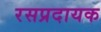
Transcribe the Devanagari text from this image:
रसप्रदायक